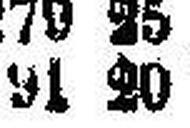
91 20